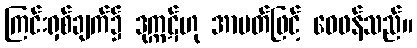
ကြင်းရှစ်ချက်၌ ဒုက္ကဋ်ဟု အာပတ်ဖြင့် ဝေဖန်သည်။